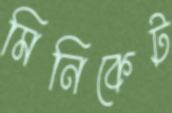
মিনিকেট